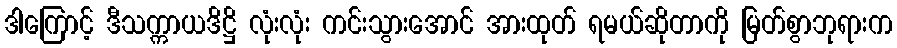
ဒါကြောင့် ဒီသက္ကာယဒိဋ္ဌိ လုံးလုံး ကင်းသွားအောင် အားထုတ် ရမယ်ဆိုတာကို မြတ်စွာဘုရားက